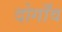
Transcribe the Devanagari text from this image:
दोगाँव